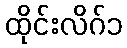
ထိုင်းလိဂ်၁